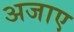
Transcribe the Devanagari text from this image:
अजाए